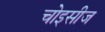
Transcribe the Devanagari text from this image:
चोइसीज